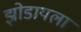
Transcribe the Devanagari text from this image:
झोडायला